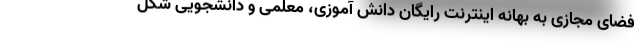
فضای مجازی به بهانه اینترنت رایگان دانش آموزی، معلمی و دانشجویی شکل